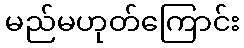
မည်မဟုတ်ကြောင်း